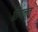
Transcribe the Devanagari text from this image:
तिंगन्त